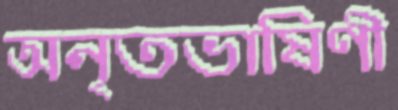
অনৃতভাষিণী